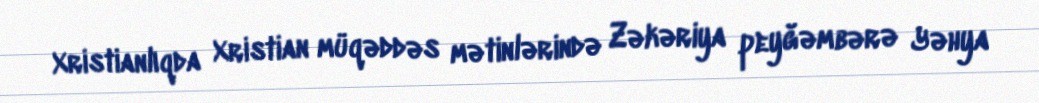
Xristianlıqda Xristian müqəddəs mətinlərində Zəkəriya peyğəmbərə Yəhya